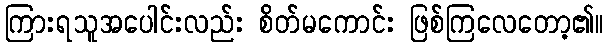
ကြားရသူအပေါင်းလည်း စိတ်မကောင်း ဖြစ်ကြလေတော့၏။